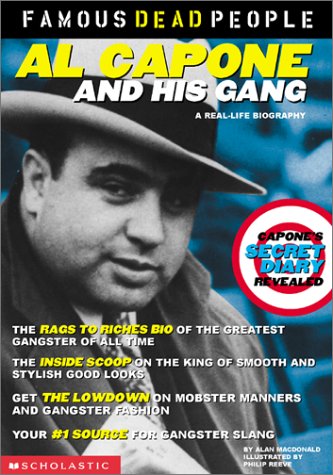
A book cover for Al Capone and His Gang (Famous Dead People); Alan MacDonald; Children's Books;